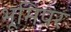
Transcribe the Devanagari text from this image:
भूमिपर